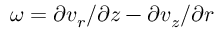
\omega = \partial v _ { r } / \partial z - \partial v _ { z } / \partial r